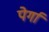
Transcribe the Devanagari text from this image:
पेर्गा